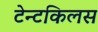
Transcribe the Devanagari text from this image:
टेन्टकिलस